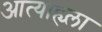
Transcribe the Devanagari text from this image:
आत्याह्य्ला